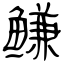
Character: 鳒